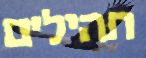
תהילים